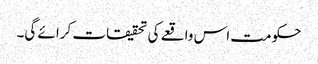
حکومت اس واقعے کی تحقیقات کرائے گی۔